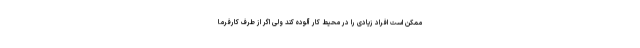
ممکن است افراد زیادی را در محیط کار آلوده کند ولی اگر از طرف کارفرما